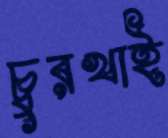
চুরখাই